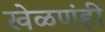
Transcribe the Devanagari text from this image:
खेळणंही